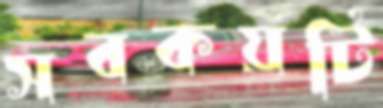
সবকয়টি